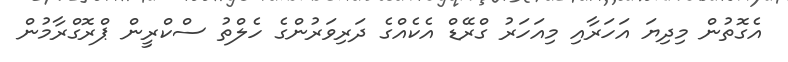
އެގޮތުން މިދިޔަ އަހަރާއި މިއަހަރު ގްރޭޑް އެކެއްގެ ދަރިވަރުންގެ ހެލްތު ސްކްރީން ޕްރޮގްރާމުން